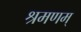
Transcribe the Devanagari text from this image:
श्रमणम्